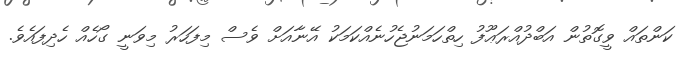
ކަންތައް ވީގޮތުން އަބްދުއްރަޢޫފު ހިތްހަމަނުޖެހުނެއްކަމަކު އޭނާއަށް ވެސް މިފަހަރު މިވަނީ ގޯހެއް ހެދިފައެވެ.